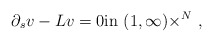
\begin{align*}\partial_s v - L v = 0 {\rm in} \ (1,\infty)\times\real^N\ , \end{align*}